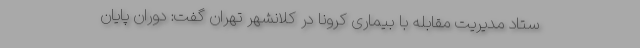
ستاد مدیریت مقابله با بیماری کرونا در کلانشهر تهران گفت: دوران پایان